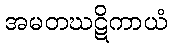
အမတဃဋိကာယံ